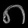
Digit: ၈